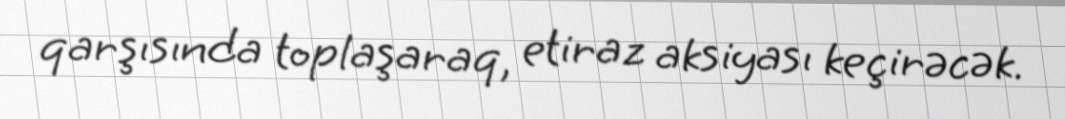
qarşısında toplaşaraq, etiraz aksiyası keçirəcək.